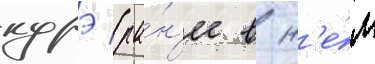
курэ (ра́н'ее в н'е́м